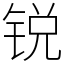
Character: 锐